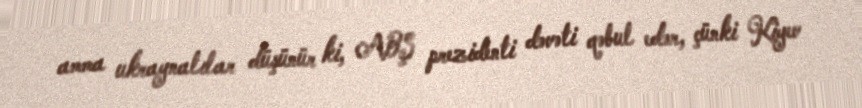
amma ukraynalılar düşünür ki, ABŞ prezidenti dəvəti qəbul edər, çünki Kiyev